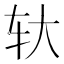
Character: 轪